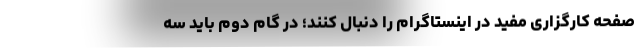
صفحه کارگزاری مفید در اینستاگرام را دنبال کنند؛ در گام دوم باید سه